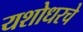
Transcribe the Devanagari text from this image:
यशोधरचे